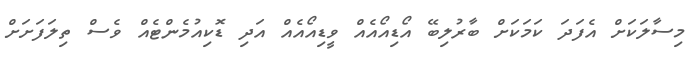
މިސާލަކަށް އެފަދަ ކަމަކަށް ބާރުލިބޭ އޯޑިއޯއެއް ވީޑިއޯއެއް އަދި ޑޮކިއުމެންޓެއް ވެސް ތިލަފަށަށް